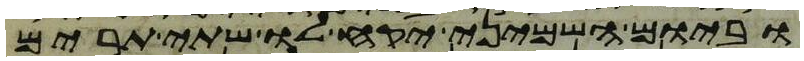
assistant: וביום השמיני יקח לו שתי תרים